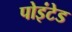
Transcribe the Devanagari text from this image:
पोइंटेड